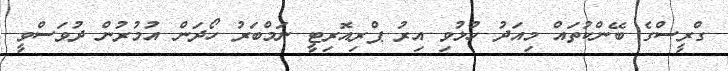
ގްރީސްގެ ބޭންކުތައް މިއަދު ހުޅުވި އިރު ޕްރިއޮރިޓީ ނަމްބަރު ހޯދަން އުމުރުން ދުވަސްވީ